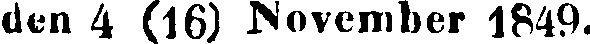
den 4 (16) November 1849.